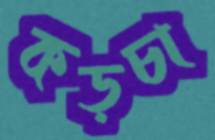
কড়চা